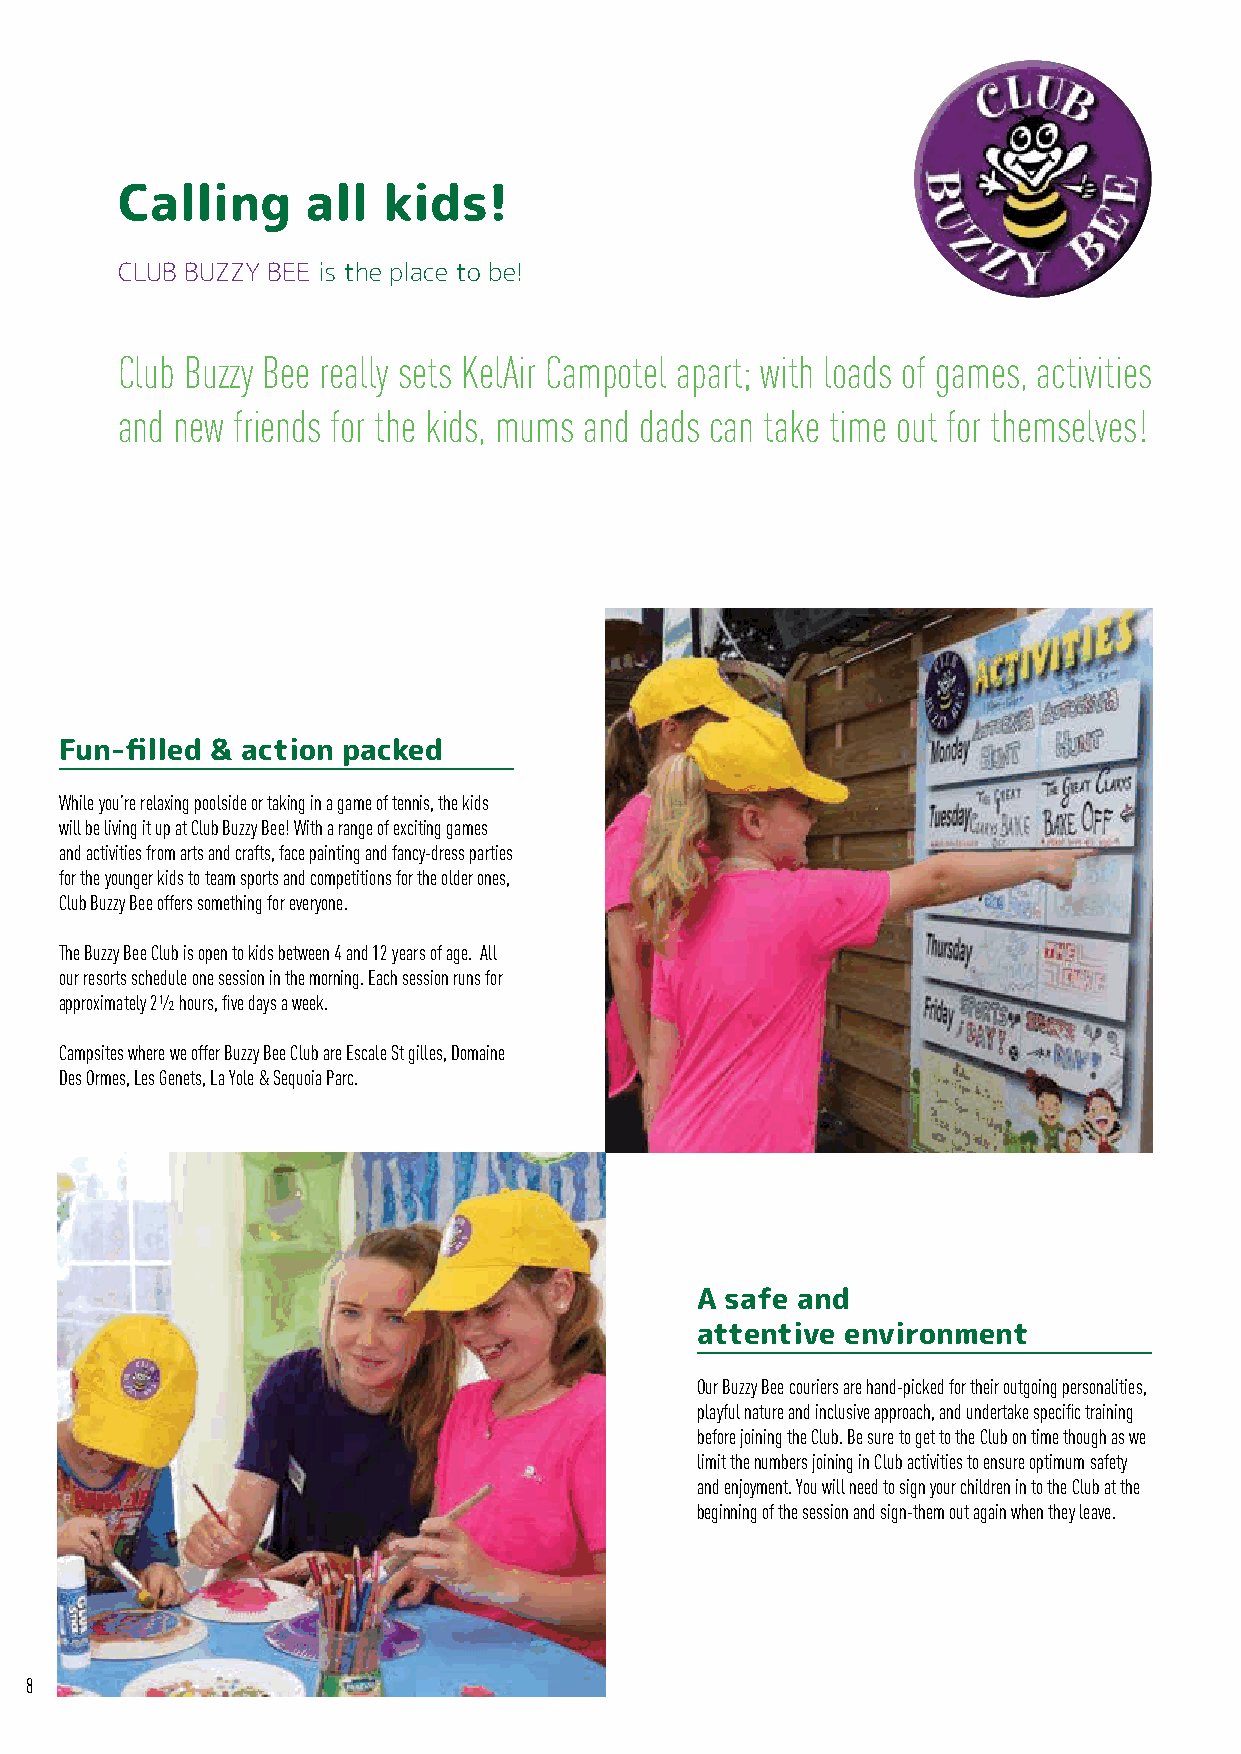
Calling     all  kids!
 CLUB BUZZY BEE is the place to be!
 Club Buzzy Bee really sets KelAir Campotel apart; with loads of games, activities
 and new friends for the kids, mums and dads can take time out for themselves!
 Fun-filled & action packed
 While you’re relaxing poolside or taking in a game of tennis, the kids
 will be living it up at Club Buzzy Bee! With a range of exciting games
 and activities from arts and crafts, face painting and fancy-dress parties
 for the younger kids to team sports and competitions for the older ones,
 Club Buzzy Bee offers something for everyone.
 The Buzzy Bee Club is open to kids between 4 and 12 years of age. All
 our resorts schedule one session in the morning. Each session runs for
 approximately 2½ hours, five days a week.
 Campsites where we offer Buzzy Bee Club are Escale St gilles, Domaine
 Des Ormes, Les Genets, La Yole & Sequoia Parc.
 A safe and
 attentive environment
 Our Buzzy Bee couriers are hand-picked for their outgoing personalities,
 playful nature and inclusive approach, and undertake specific training
 before joining the Club. Be sure to get to the Club on time though as we
 limit the numbers joining in Club activities to ensure optimum safety
 and enjoyment. You will need to sign your children in to the Club at the
 beginning of the session and sign-them out again when they leave.
 8